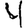
Digit: 4